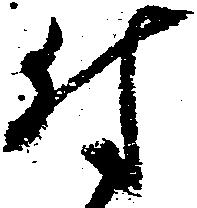
付